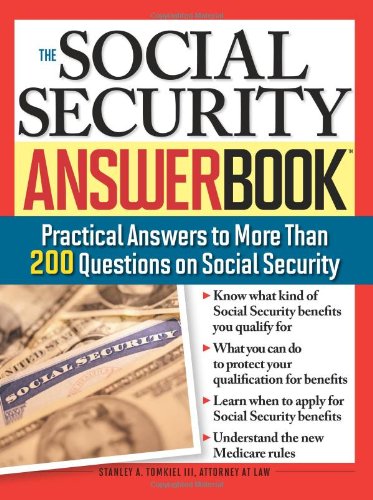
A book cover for The Social Security Answer Book: Practical Answers to More Than 200 Questions on Social Security; Stanley Tomkiel III; Law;